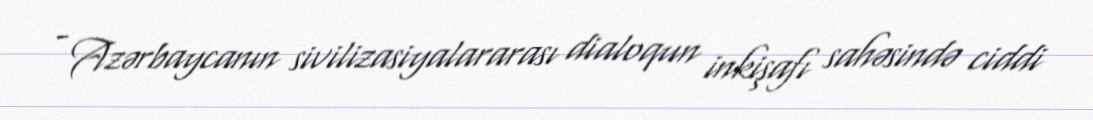
- Azərbaycanın sivilizasiyalararası dialoqun inkişafı sahəsində ciddi